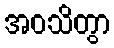
အဝသိတွာ